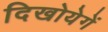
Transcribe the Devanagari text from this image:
दिखोयेगें